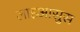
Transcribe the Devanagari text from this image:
लाइआसुस